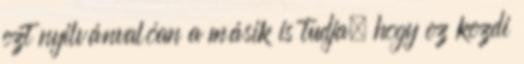
ezt nyilvánvalóan a másik is tudja, hogy ez kezdi